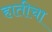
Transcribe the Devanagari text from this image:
हातीचा